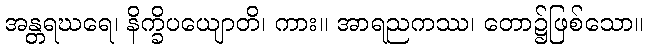
အန္တရဃရေ၊ နိက္ခိပယျောတိ၊ ကား။ အာရညကဿ၊ တော၌ဖြစ်သော။